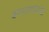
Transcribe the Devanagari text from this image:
वगनाटयांसाठी